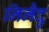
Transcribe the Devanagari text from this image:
निनैदु